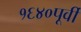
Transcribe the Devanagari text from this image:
१६४०पूर्वी